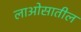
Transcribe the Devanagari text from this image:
लाओसातील